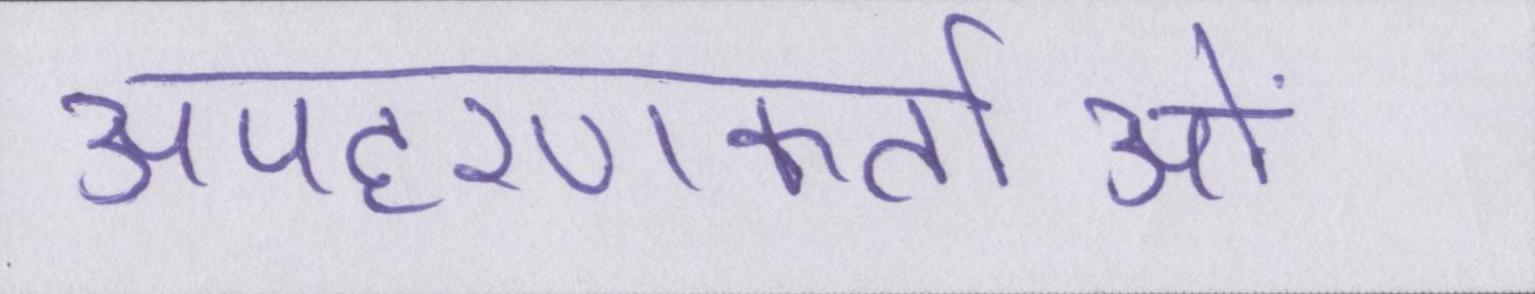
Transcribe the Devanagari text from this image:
अपहरणकर्ताओं